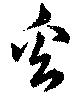
奚